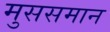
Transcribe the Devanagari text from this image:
मुससमान